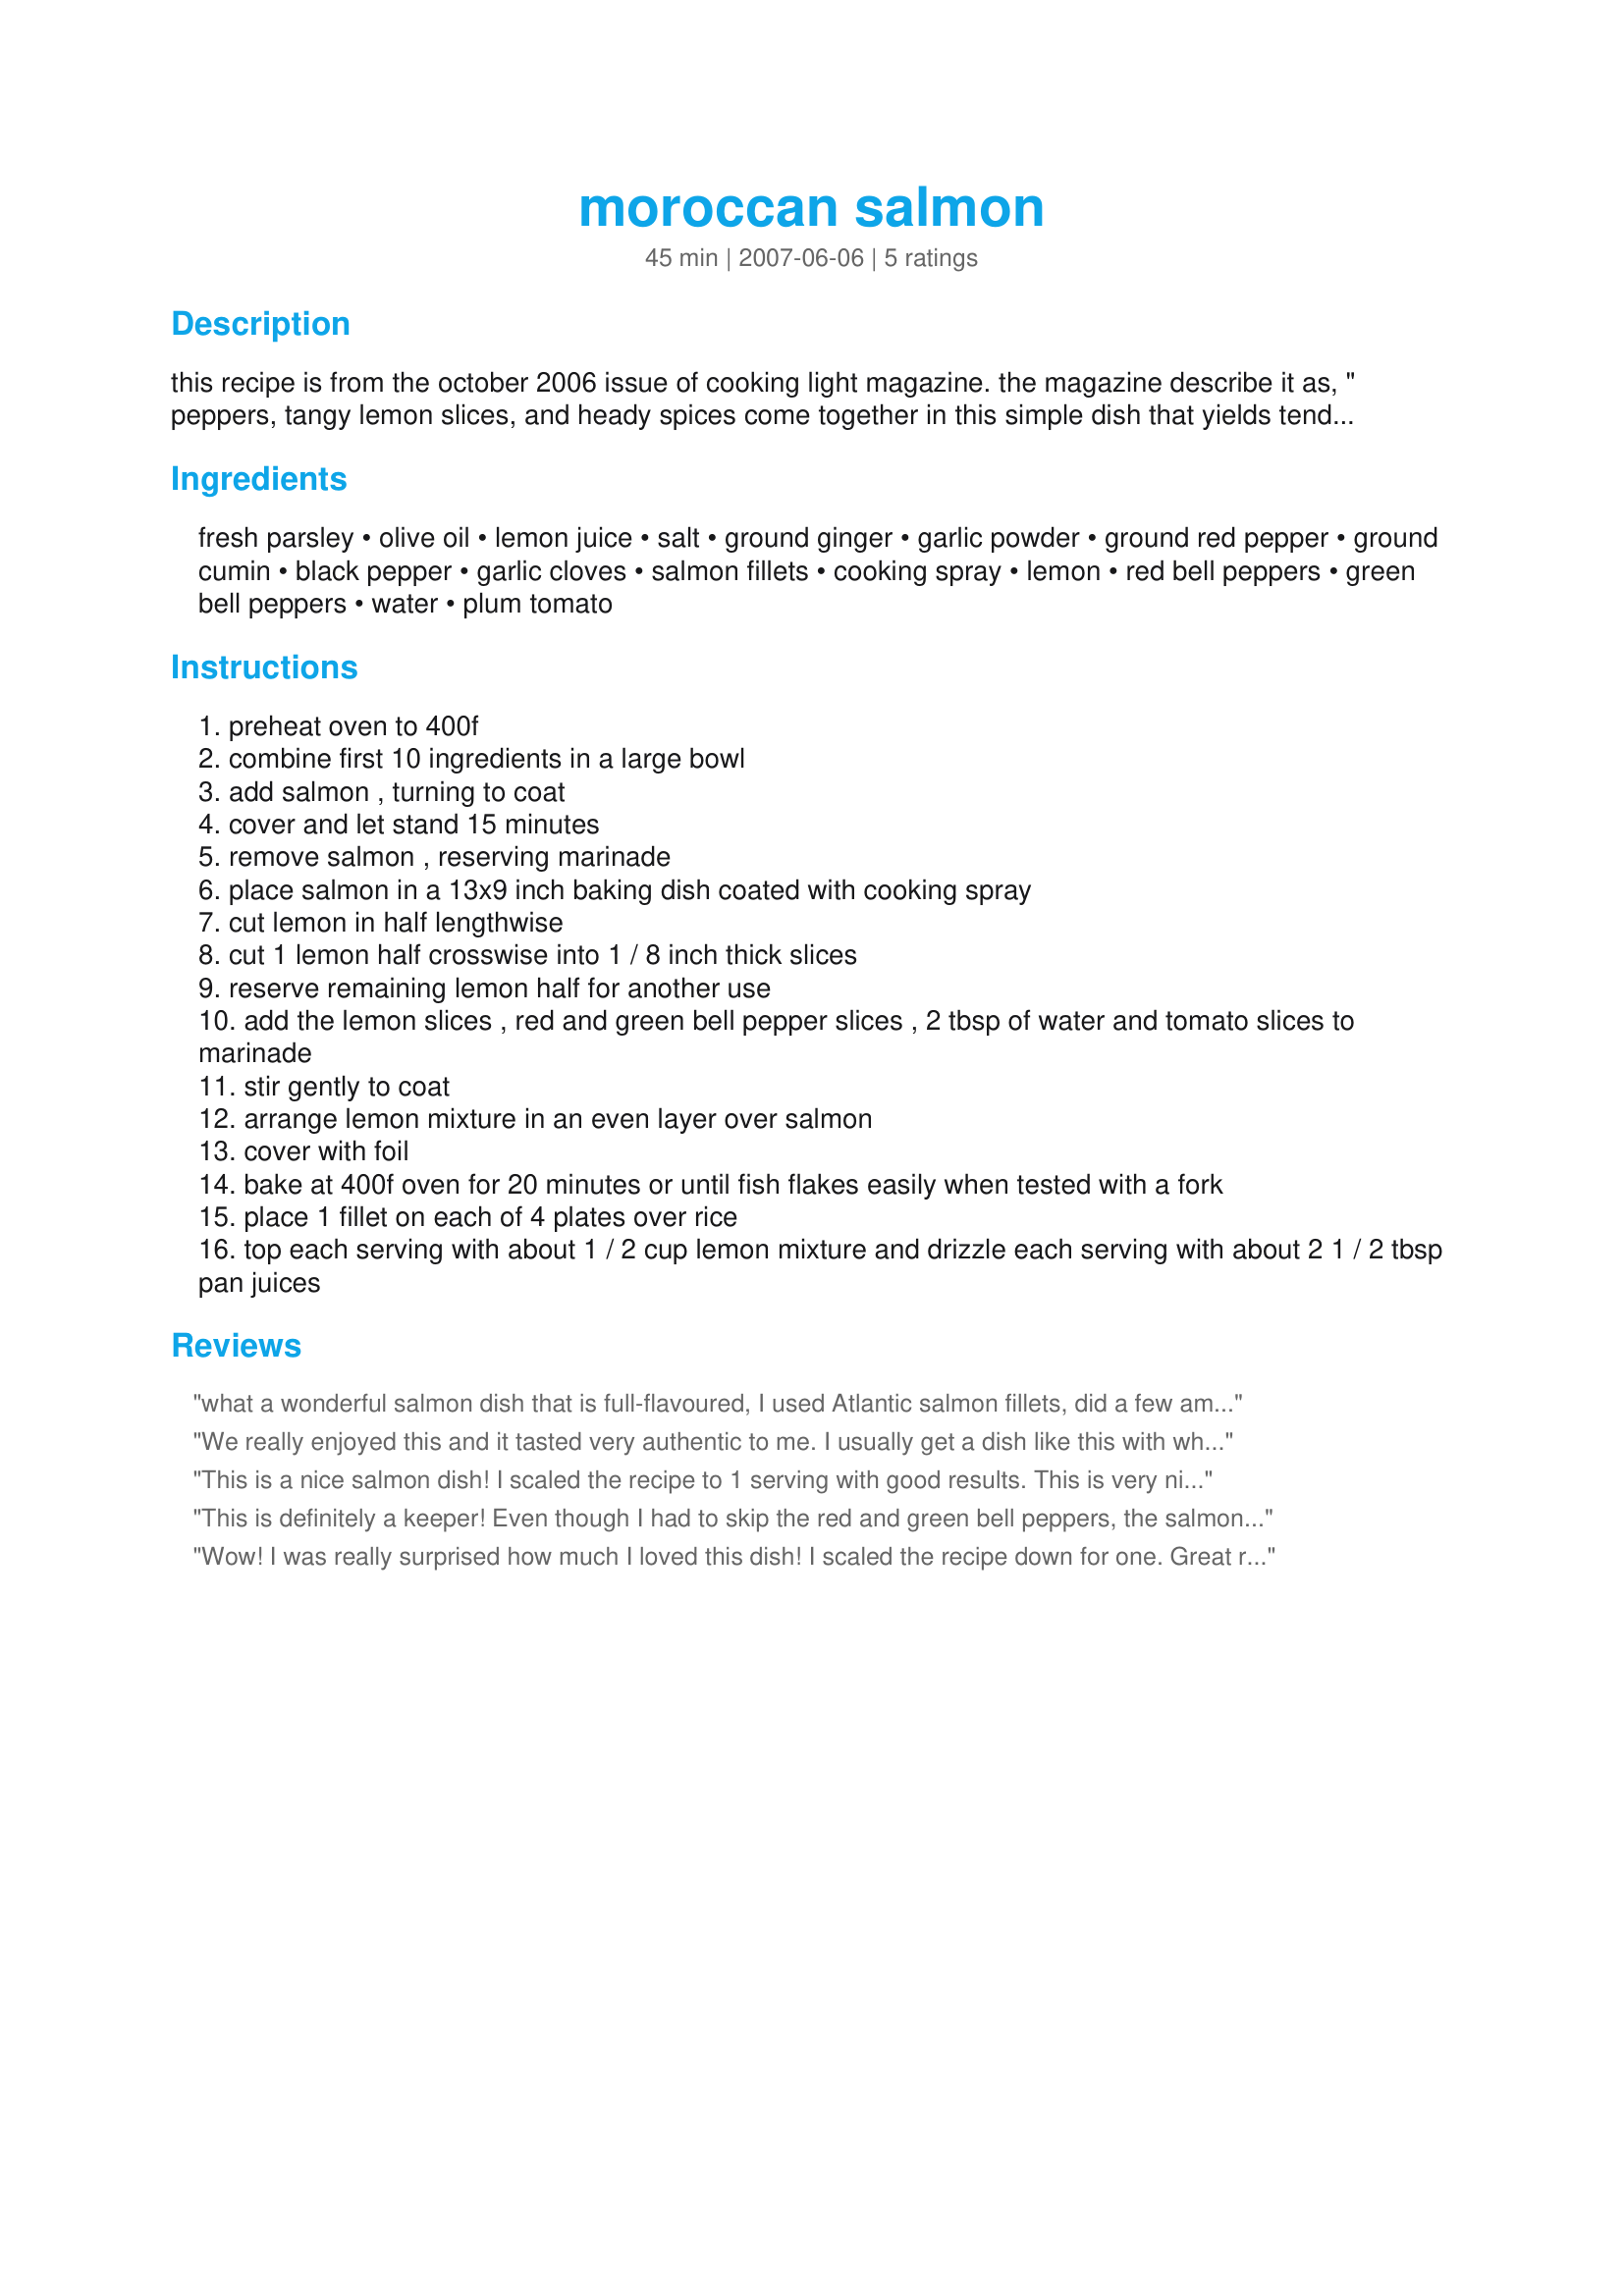
moroccan salmon
Preparation time: 45 minutes

this recipe is from the october 2006 issue of cooking light magazine. the magazine describe it as, " peppers, tangy lemon slices, and heady spices come together in this simple dish that yields tender fish and vegetables in a flavourful sauce. serve in bowls over couscous or basmati rice to soak up the tasty juices."

Ingredients:
fresh parsley, olive oil, lemon juice, salt, ground ginger, garlic powder, ground red pepper, ground cumin, black pepper, garlic cloves, salmon fillets, cooking spray, lemon, red bell peppers, green bell peppers, water, plum tomato

Steps:
preheat oven to 400f
combine first 10 ingredients in a large bowl
add salmon , turning to coat
cover and let stand 15 minutes
remove salmon , reserving marinade
place salmon in a 13x9 inch baking dish coated with cooking spray
cut lemon in half lengthwise
cut 1 lemon half crosswise into 1 / 8 inch thick slices
reserve remaining lemon half for another use
add the lemon slices , red and green bell pepper slices , 2 tbsp of water and tomato slices to marinade
stir gently to coat
arrange lemon mixture in an even layer over salmon
cover with foil
bake at 400f oven for 20 minutes or until fish flakes easily when tested with a fork
place 1 fillet on each of 4 plates over rice
top each serving with about 1 / 2 cup lemon mixture and drizzle each serving with about 2 1 / 2 tbsp pan juices

Reviews:
what a wonderful salmon dish that is full-flavoured, I used Atlantic salmon fillets, did a few amount adjustments and genorously seasoned with lemon pepper in place of the black pepper, I left the skin on the salmon for extra flavor, thanks for sharing this great recipe BC!
We really enjoyed this and it tasted very authentic to me. I usually get a dish like this with white fish at a restaurant by my house. Only thing I did different was add a little bit more lemon juice some tamatoe sauce and a splash of chicken stock. I like a thicker sauce to dip my bread in and eat it like that and more traditional. I serverd with some Zaatar Bread mmmmmmmm. Thanks BBC
This is a nice salmon dish! I scaled the recipe to 1 serving with good results. This is very nice combination of veggies and spices that pair well with the flavor of the salmon. Thanks for posting this recipe! Made for the Best of 2008 event
This is definitely a keeper! Even though I had to skip the red and green bell peppers, the salmon still tasted juicy and the juice is fantastic! Thank you so much for sharing! :)
Wow! I was really surprised how much I loved this dish! I scaled the recipe down for one. Great recipe, that I will definitly make again! Thanks Lainey!
